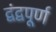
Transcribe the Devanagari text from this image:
द्वंद्वपूर्ण